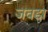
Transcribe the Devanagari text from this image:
जवडा